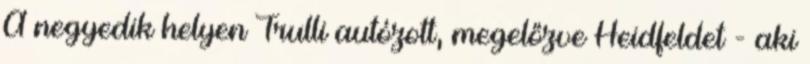
A negyedik helyen Trulli autózott, megelőzve Heidfeldet - aki